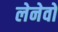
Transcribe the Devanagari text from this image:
लेनेवो